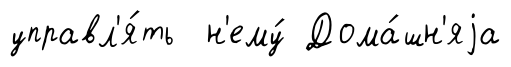
управл'я́ть н'ему́ Дома́шн'яjа